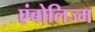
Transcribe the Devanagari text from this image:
एंबोलिज्म